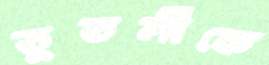
তুতলীকে